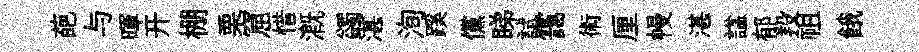
葩与暉开棚栗窟惜溉蠲湛洵蹊儻睇試靄術厘幔湛諡郁羖祖餓